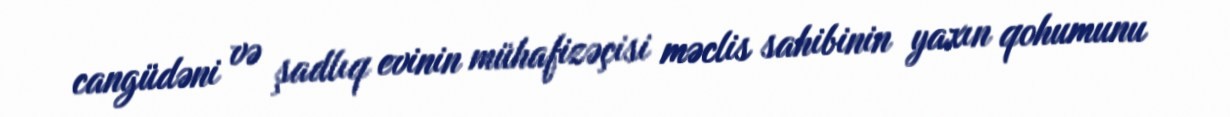
cangüdəni və şadlıq evinin mühafizəçisi məclis sahibinin yaxın qohumunu